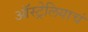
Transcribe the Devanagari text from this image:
ऑस्ट्रेलियाचं